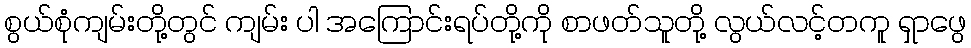
စွယ်စုံကျမ်းတို့တွင် ကျမ်း ပါ အကြောင်းရပ်တို့ကို စာဖတ်သူတို့ လွယ်လင့်တကူ ရှာဖွေ